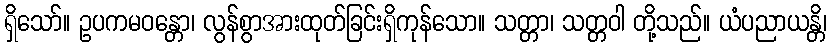
ရှိသော်။ ဥပကမဝန္တော၊ လွန်စွာအားထုတ်ခြင်းရှိကုန်သော။ သတ္တာ၊ သတ္တဝါ တို့သည်။ ယံပညာယန္တိ၊